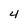
Character: 4